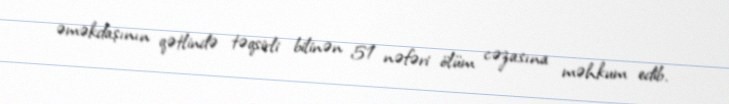
əməkdaşının qətlində təqsirli bilinən 51 nəfəri ölüm cəzasına məhkum edib.